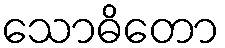
သောဓိတော